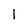
Character: l